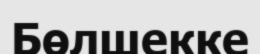
Бөлшекке